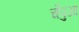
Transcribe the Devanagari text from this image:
चँपुआ